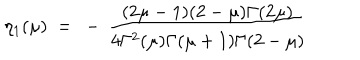
\eta _ { 1 } ( \mu ) ~ = ~ - \, \frac { ( 2 \mu - 1 ) ( 2 - \mu ) \Gamma ( 2 \mu ) } { 4 \Gamma ^ { 2 } ( \mu ) \Gamma ( \mu + 1 ) \Gamma ( 2 - \mu ) }